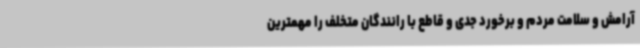
آرامش و سلامت مردم و برخورد جدی و قاطع با رانندگان متخلف را مهمترین